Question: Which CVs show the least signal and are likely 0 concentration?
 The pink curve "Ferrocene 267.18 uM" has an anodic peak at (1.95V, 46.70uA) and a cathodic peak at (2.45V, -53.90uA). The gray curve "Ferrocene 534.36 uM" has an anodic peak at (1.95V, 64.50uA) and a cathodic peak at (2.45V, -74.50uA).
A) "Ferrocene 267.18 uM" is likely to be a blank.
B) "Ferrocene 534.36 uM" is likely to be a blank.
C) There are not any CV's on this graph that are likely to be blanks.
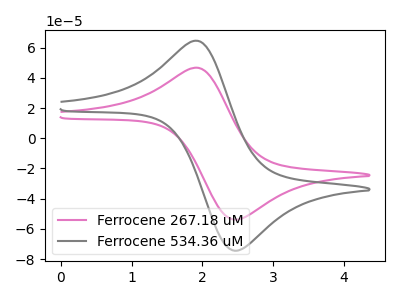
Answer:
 <answer>C) There are not any CV's on this graph that are likely to be blanks.</answer>
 <eval>C</eval>